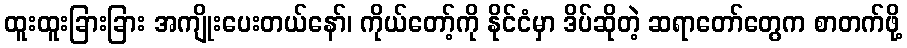
ထူးထူးခြားခြား အကျိုးပေးတယ်နော်၊ ကိုယ်တော့်ကို နိုင်ငံမှာ ဒိပ်ဆိုတဲ့ ဆရာတော်တွေက စာတက်ဖို့